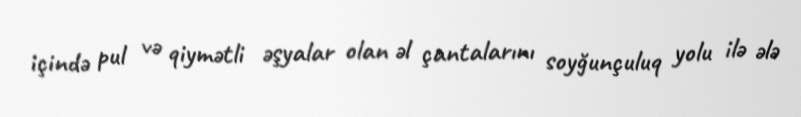
içində pul və qiymətli əşyalar olan əl çantalarını soyğunçuluq yolu ilə ələ